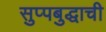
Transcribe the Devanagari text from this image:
सुप्पबुद्धाची